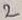
Text: 2